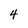
Character: 4